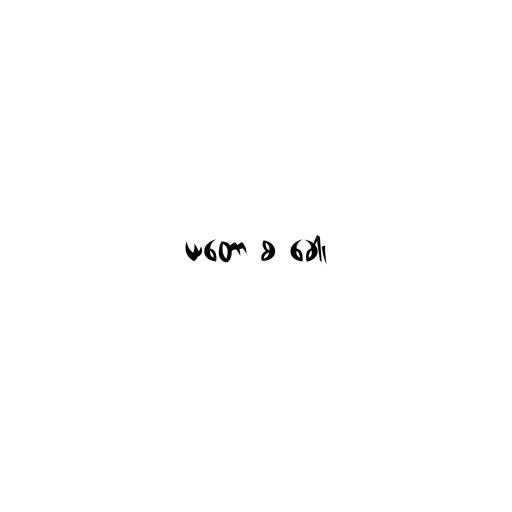
ယတော စ ခေါ၊